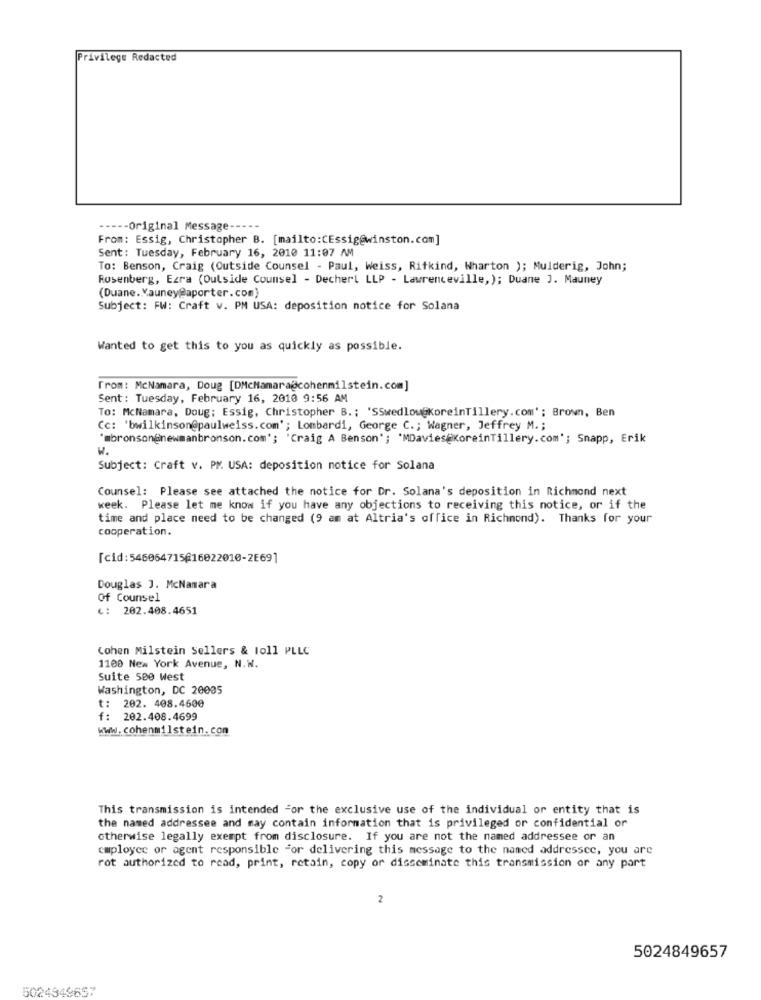
Privilege Redacted
----- Original Message -----
From: Essig, Christopher B. [mailto:CEssig@winston.com]
Sent: Tuesday, February 16, 2010 11:07 AM
To: Benson, Craig (Outside Counsel - Paul, Weiss, Ritkind, Wharton ); Mulderig, John;
Rosenberg, Ezra (Outside Counsel - Dechert LLP - Lawrenceville,); Duane J. Mauney
(Duane. Vauney@aporter.com)
Subject: FW: Craft v. PM USA: deposition notice for Solana
Wanted to get this to you as quickly as possible.
From: McNamara, Doug [DMcMamara@cohenmilstein.com]
Sent : Tuesday, February 16, 2010 9:56 AM
TO: McNamara, Doug: Essig, Christopher B. ; 'SSwedlow@koreinTillery.com' ; Brown, Ben
Cc: 'bwilkinson@paulweiss.com'; Lombardi, George C .; Wagner, Jeffrey M .;
"mbronson@newmanbronson.com'; 'Craig A Benson'; 'MDavies@KoreinTillery.com'; Snapp, Erik
W.
Subject: Craft v. PM. USA: deposition notice for Solana
Counsel: Please see attached the notice for Dr. Solana's deposition in Richmond next
week. Please let me know if you have any objections to receiving this notice, or if the
time and place need to be changed (9 am at Altria's office in Richmond). Thanks for your
cooperation.
[cid:546064715@16022010-2E69]
Douglas J. McNamara
Of Counsel
L: 202.408.4651
Cohen Milstein Sellers & 1oll PLLC
1100 New York Avenue, N.W.
Suite 500 West
Washington, DC 20005
: 202. 408.4600
f: 202.408.4699
www.cohenmilstein.con
This transmission is intended For the exclusive use of the individual or entity that is
the named addressee and may contain information that is privileged or confidential or
otherwise legally exempt from disclosure. If you are not the named addressee or an
employee or agent responsible for delivering this message to the named addressee, you are
rot authorized to read, print, retain, copy or disseminate this transmission or any part
2
5024849657
5024949657